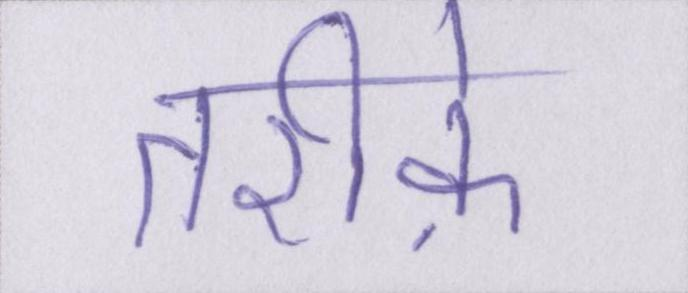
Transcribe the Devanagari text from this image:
तरीके़